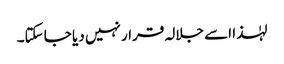
لہٰذا اسے جلالہ قرار نہیں دیا جا سکتا۔